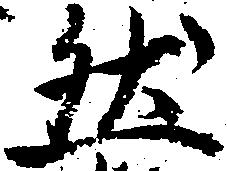
然